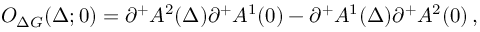
O _ { \Delta G } ( \Delta ; 0 ) = \partial ^ { + } A ^ { 2 } ( \Delta ) \partial ^ { + } A ^ { 1 } ( 0 ) - \partial ^ { + } A ^ { 1 } ( \Delta ) \partial ^ { + } A ^ { 2 } ( 0 ) \, ,